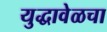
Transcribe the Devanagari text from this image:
युद्धावेळचा